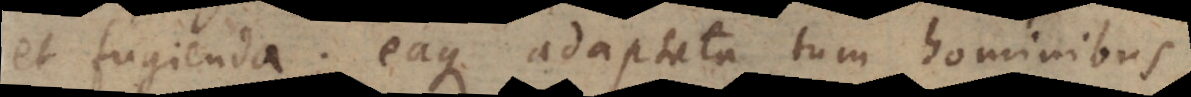
et fugienda; eaque adaptata tum hominibus